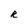
Character: R